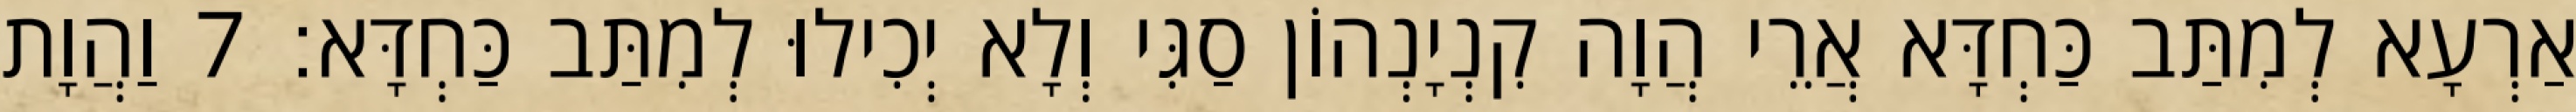
אַרְעָא לְמִתַּב כַּחְדָּא אֲרֵי הֲוָה קִנְיָנְהוֹן סַגִּי וְלָא יְכִילוּ לְמִתַּב כַּחְדָּא׃ 7 וַהֲוָת